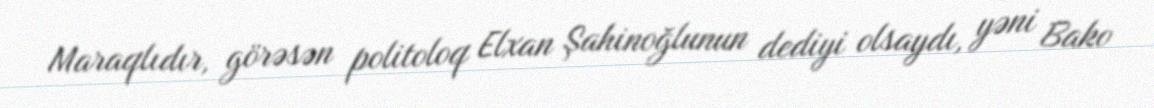
Maraqlıdır, görəsən politoloq Elxan Şahinoğlunun dediyi olsaydı, yəni Bako